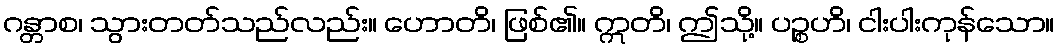
ဂန္တာစ၊ သွားတတ်သည်လည်း။ ဟောတိ၊ ဖြစ်၏။ ဣတိ၊ ဤသို့။ ပဉ္စဟိ၊ ငါးပါးကုန်သော။